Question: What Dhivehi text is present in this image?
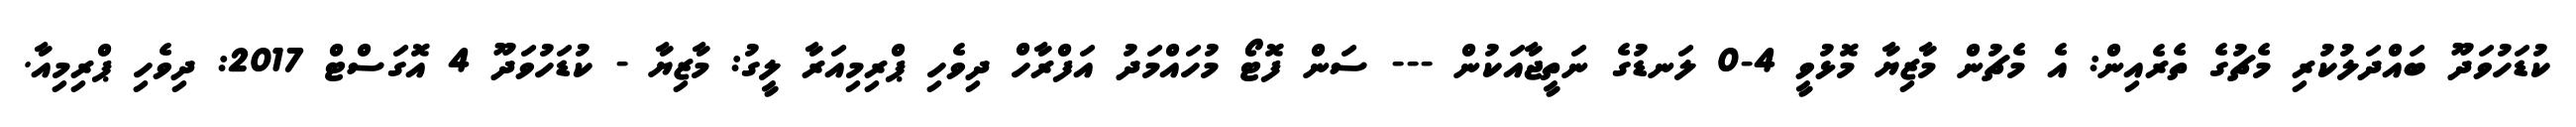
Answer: ކުޑަހުވަދޫ ބައްދަލުކުރި މެޗުގެ ތެރެއިން: އެ މެޗުން މާޒިޔާ މޮޅުވީ 4-0 ލަނޑުގެ ނަތީޖާއަކުން --- ސަން ފޮޓޯ މުހައްމަދު އަފްރާހް ދިވެހި ޕްރިމިއަރާ ލީގު: މާޒިޔާ - ކުޑަހުވަދޫ 4 އޮގަސްޓް 2017: ދިވެހި ޕްރިމިއާ.